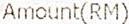
AMOUNT(RM)